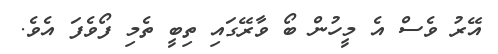
އޭރު ވެސް އެ މީހުން ބޯ ވާރޭގައި ތިބީ ތެމި ފޯވެފަ އެވެ.